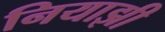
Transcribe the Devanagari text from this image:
नियाझी